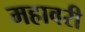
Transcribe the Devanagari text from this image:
महावरी